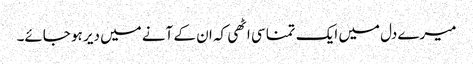
میرے دل میں ایک تمنا سی اٹھی کہ ان کے آنے میں دیر ہو جائے۔